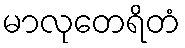
မာလုတေရိတံ